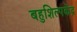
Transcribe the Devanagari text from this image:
बहुशिल्पकेंद्र